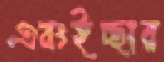
এবংইচ্ছার